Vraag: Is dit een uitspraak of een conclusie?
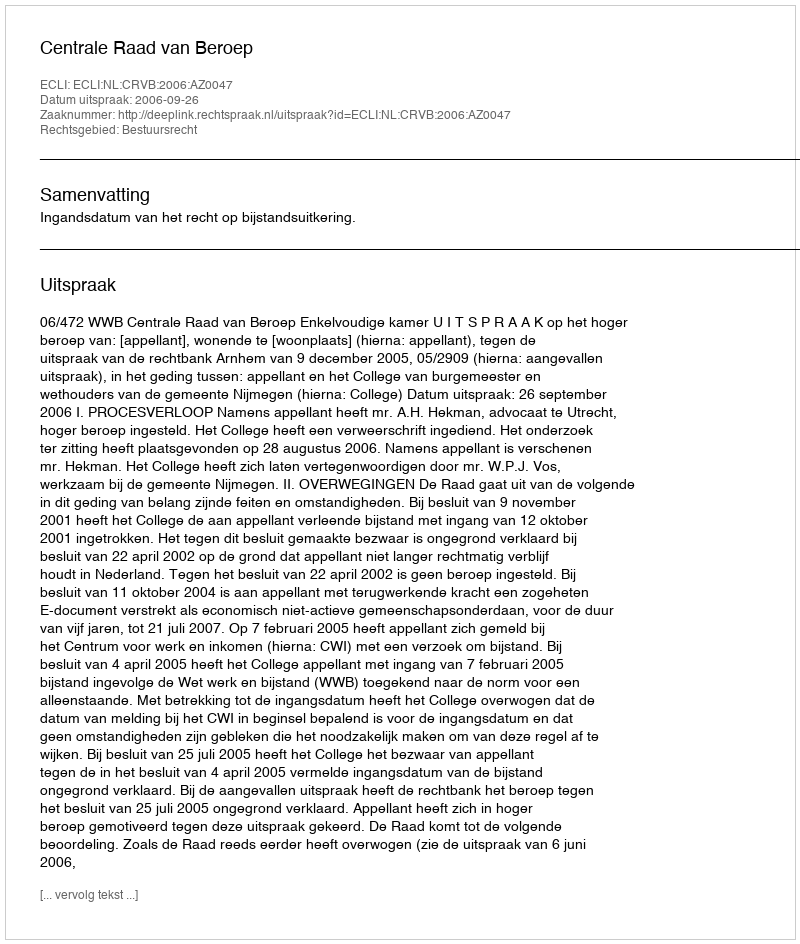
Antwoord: Uitspraak